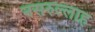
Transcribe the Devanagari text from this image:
नसरुल्लाह